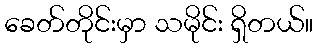
ခေတ်တိုင်းမှာ သမိုင်း ရှိတယ်။